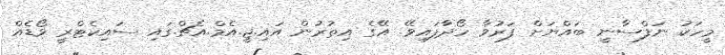
މީހަކު ނަފްސާނީ ބައްޔަށް ފަރުވާ ހޯދާފައިވޭ. އޭގެ އިތުރުން އައި.ޖީ.އެމް.އެޗް.ގައި ސައިކެޓްރީ ވޯޑެއް